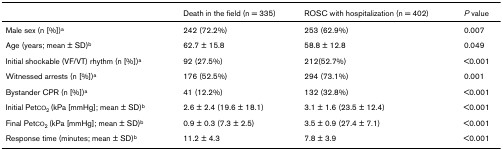
|  | Death in the field (n = 335) | ROSC with hospitalization (n = 402) | P value |
 | --- | --- | --- | --- |
 | Male sex (n [%])a | 242 (72.2%) | 253 (62.9%) | 0.007 |
 | Age (years; mean ± SD)b | 62.7 ± 15.8 | 58.8 ± 12.8 | 0.049 |
 | Initial shockable (VF/VT) rhythm (n [%])a | 92 (27.5%) | 212(52.7%) | <0.001 |
 | Witnessed arrests (n [%])a | 176 (52.5%) | 294 (73.1%) | 0.001 |
 | Bystander CPR (n [%])a | 41 (12.2%) | 132 (32.8%) | <0.001 |
 | Initial PetCO2 (kPa [mmHg]; mean ± SD)b | 2.6 ± 2.4 (19.6 ± 18.1) | 3.1 ± 1.6 (23.5 ± 12.4) | <0.001 |
 | Final PetCO2 (kPa [mmHg]; mean ± SD)b | 0.9 ± 0.3 (7.3 ± 2.5) | 3.5 ± 0.9 (27.4 ± 7.1) | <0.001 |
 | Response time (minutes; mean ± SD)b | 11.2 ± 4.3 | 7.8 ± 3.9 | <0.001 |